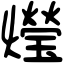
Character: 𤑚